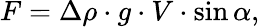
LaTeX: F=\Delta\rho\cdot g\cdot V\cdot\sin\alpha,